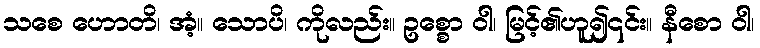
သစေ ဟောတိ၊ အံ့။ သောပိ၊ ကိုလည်း။ ဥစ္စော ဝါ၊ မြင့်၏ဟူ၍၎င်း။ နီစော ဝါ၊